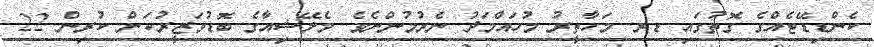
ކެންޑިޑޭޓެއްގެ ގޮތުގައި ޑރ. މަހާތީރު މުހައްމަދު ނެރުމުންނެވެ. މެލޭޝިއާގެ ބޮޑުވަޒީރުކަން ކުރިން 22